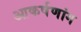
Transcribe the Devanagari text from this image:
आकर्षणांग